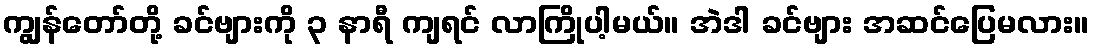
ကျွန်တော်တို့ ခင်ဗျားကို ၃ နာရီ ကျရင် လာကြိုပါ့မယ်။ အဲဒါ ခင်ဗျား အဆင်ပြေမလား။